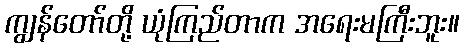
ကျွန်တော်တို့ ယုံကြည်တာက အရေးမကြီးဘူး။